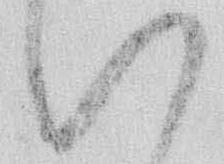
い